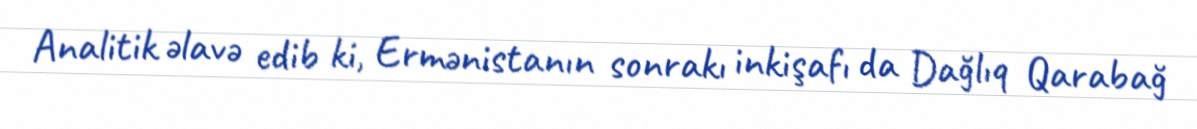
Analitik əlavə edib ki, Ermənistanın sonrakı inkişafı da Dağlıq Qarabağ